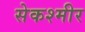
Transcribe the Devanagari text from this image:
सेकश्मीर